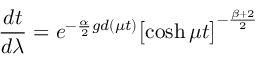
\frac { d t } { d \lambda } = e ^ { - \frac { \alpha } { 2 } g d ( \mu t ) } \bigl [ \cosh { \mu t } \bigr ] ^ { - \frac { \beta + 2 } { 2 } }